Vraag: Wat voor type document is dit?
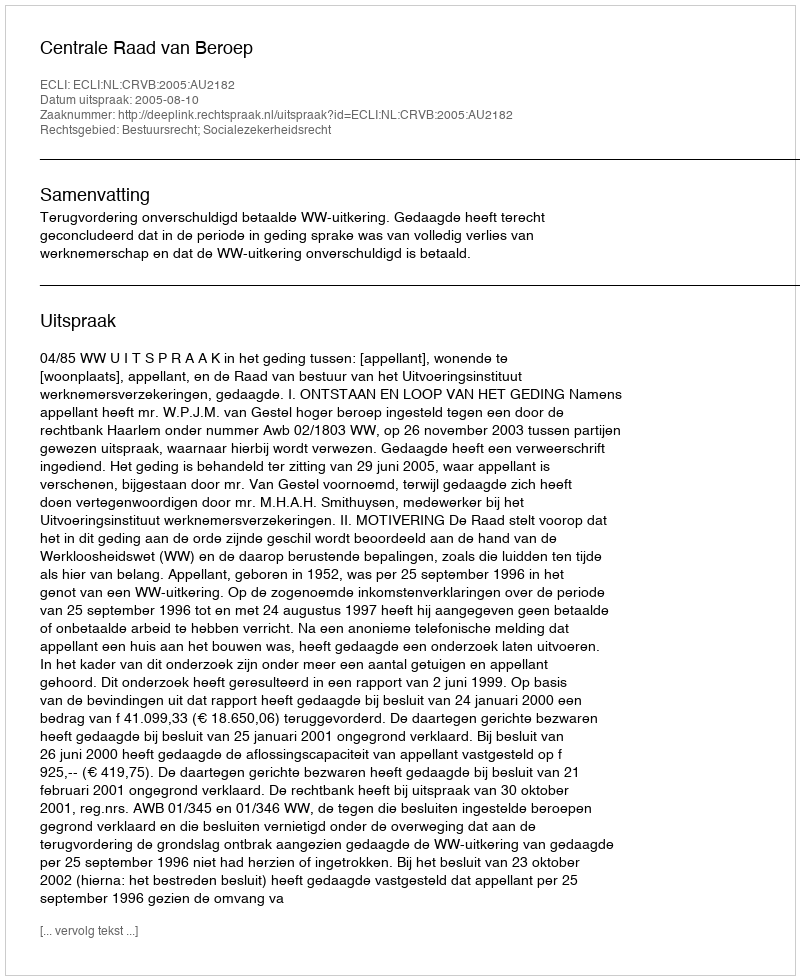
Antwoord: Uitspraak